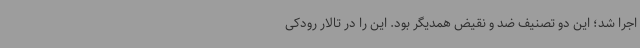
اجرا شد؛ این دو تصنیف ضد و نقیض همدیگر بود. این را در تالار رودکی